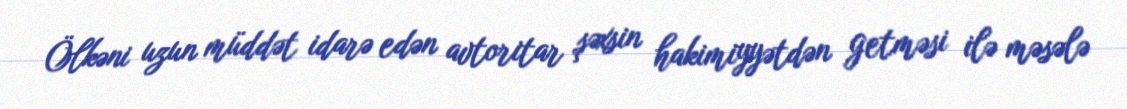
Ölkəni uzun müddət idarə edən avtoritar şəxsin hakimiyyətdən getməsi ilə məsələ